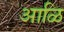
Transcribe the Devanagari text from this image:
आळि